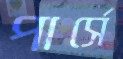
পার্সে